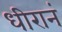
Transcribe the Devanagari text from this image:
धीरानं